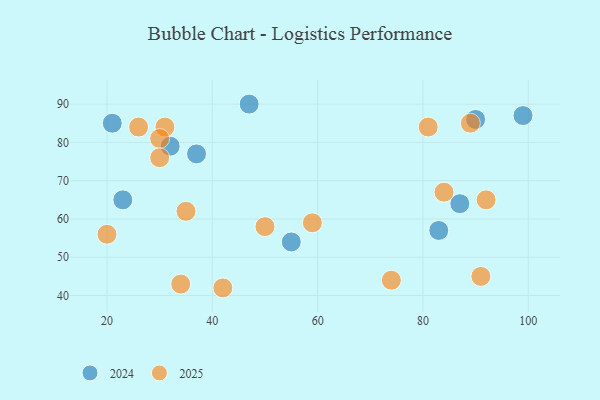
{"axis": {"x": "GDP", "y": "Life Expectancy"}, "legend": ["2024", "2025"], "data": [{"x": "87", "y": 64, "type": "2024"}, {"x": "21", "y": 85, "type": "2024"}, {"x": "32", "y": 79, "type": "2024"}, {"x": "90", "y": 86, "type": "2024"}, {"x": "23", "y": 65, "type": "2024"}, {"x": "37", "y": 77, "type": "2024"}, {"x": "55", "y": 54, "type": "2024"}, {"x": "47", "y": 90, "type": "2024"}, {"x": "99", "y": 87, "type": "2024"}, {"x": "83", "y": 57, "type": "2024"}, {"x": "42", "y": 42, "type": "2025"}, {"x": "91", "y": 45, "type": "2025"}, {"x": "74", "y": 44, "type": "2025"}, {"x": "20", "y": 56, "type": "2025"}, {"x": "26", "y": 84, "type": "2025"}, {"x": "31", "y": 84, "type": "2025"}, {"x": "50", "y": 58, "type": "2025"}, {"x": "81", "y": 84, "type": "2025"}, {"x": "59", "y": 59, "type": "2025"}, {"x": "89", "y": 85, "type": "2025"}, {"x": "30", "y": 81, "type": "2025"}, {"x": "92", "y": 65, "type": "2025"}, {"x": "35", "y": 62, "type": "2025"}, {"x": "34", "y": 43, "type": "2025"}, {"x": "84", "y": 67, "type": "2025"}, {"x": "30", "y": 76, "type": "2025"}]}